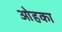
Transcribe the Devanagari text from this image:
ओहका